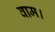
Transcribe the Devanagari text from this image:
वाम।